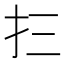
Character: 𰒼